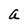
Character: a